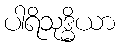
ပါရိသုဒ္ဓိယာ